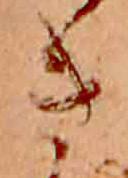
き